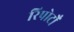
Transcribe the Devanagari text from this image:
रिपोर्टोँं